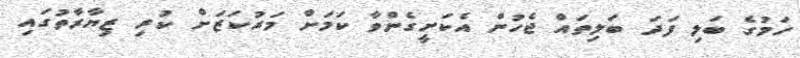
ހަމުގެ ބަލި ފަދަ ބަލިތައް ޖެހުން އެކަށީގެންވާ ކަމަށް މަރުކަޒަށް ކުރި ޒިޔާރާތުގައި